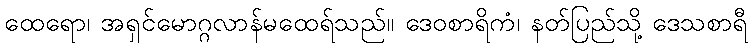
ထေရော၊ အရှင်မောဂ္ဂလာန်မထေရ်သည်။ ဒေဝစာရိကံ၊ နတ်ပြည်သို့ ဒေသစာရီ